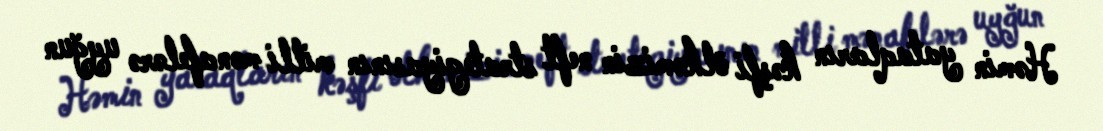
Həmin yataqların kəşfi ölkəmizin neft strategiyasının milli mənafelərə uyğun